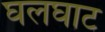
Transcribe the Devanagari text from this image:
घलघाट